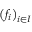
\left( f _ { i } \right) _ { i \in I }